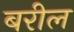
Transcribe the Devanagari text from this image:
बरील